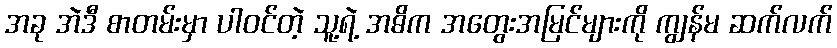
အခု အဲဒီ စာတမ်းမှာ ပါဝင်တဲ့ သူ့ရဲ့ အဓိက အတွေးအမြင်များကို ကျွန်မ ဆက်လက်